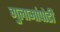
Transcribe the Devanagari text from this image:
गुलामांपोटी